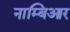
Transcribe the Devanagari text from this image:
नाम्बिआर